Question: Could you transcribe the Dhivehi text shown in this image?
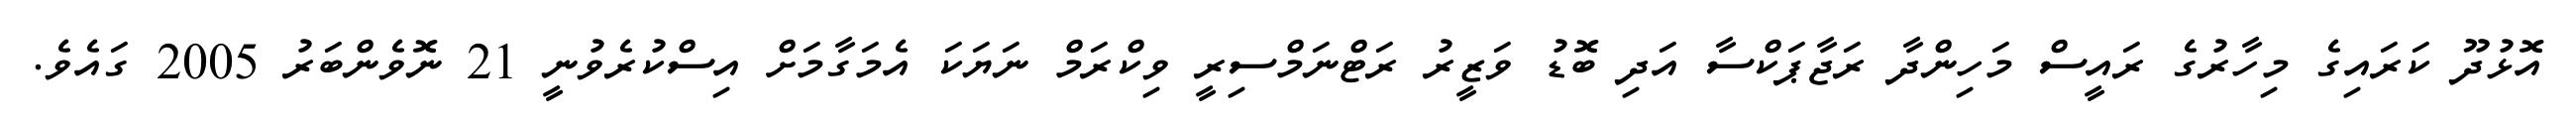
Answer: އޮޅުދޫ ކަރައިގެ މިހާރުގެ ރައީސް މަހިންދާ ރަޖާޕަކްސާ އަދި ބޮޑު ވަޒީރު ރަޓްނަމްސިރީ ވިކްރަމް ނަޔަކަ އެމަގާމަށް އިސްކުރެވުނީ 21 ނޮވެންބަރު 2005 ގައެވެ.